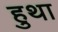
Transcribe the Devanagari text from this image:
हुथा